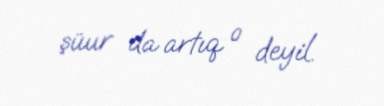
şüur da artıq o deyil.